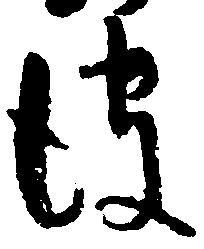
彼